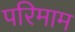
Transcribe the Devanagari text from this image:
परिमाम